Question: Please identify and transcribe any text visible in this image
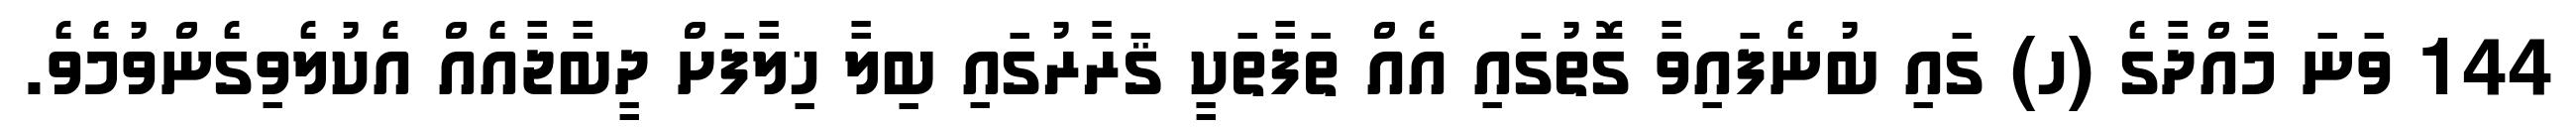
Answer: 144 ވަނަ މާއްދާގެ (ހ) ގައި ބުނެފައިވާ ގޮތުގައި އެއް ތަފާތަކީ ޤަރާރުގައި ބިލާ ޚިލާފަށް ދީބާޖާއެއް އެކުލެވިގެންވުމެވެ.